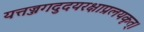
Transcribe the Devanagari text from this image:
यत्तज्जगदुदयरक्षाप्रलयकृत्।